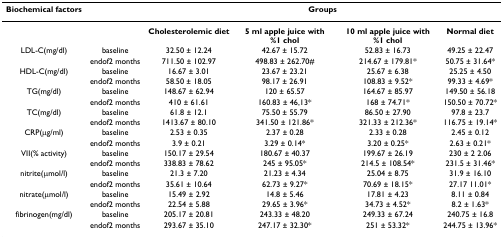
<table><thead><tr><td><b>Biochemical factors</b></td><td></td><td colspan="4"><b>Groups</b></td></tr></thead><tbody><tr><td></td><td></td><td><b>Cholesterolemic diet</b></td><td><b>5 ml apple juice with %1 chol</b></td><td><b>10 ml apple juice with %1 chol</b></td><td><b>Normal diet</b></td></tr><tr><td>LDL-C(mg/dl)</td><td>baseline</td><td>32.50 ± 12.24</td><td>42.67 ± 15.72</td><td>52.83 ± 16.73</td><td>49.25 ± 22.47</td></tr><tr><td></td><td>endof2 months</td><td>711.50 ± 102.97</td><td>498.83 ± 262.70#</td><td>214.67 ± 179.81*</td><td>50.75 ± 31.64*</td></tr><tr><td>HDL-C(mg/dl)</td><td>baseline</td><td>16.67 ± 3.01</td><td>23.67 ± 23.21</td><td>25.67 ± 6.38</td><td>25.25 ± 4.50</td></tr><tr><td></td><td>endof2 months</td><td>58.50 ± 18.05</td><td>98.17 ± 26.91</td><td>108.83 ± 9.52*</td><td>99.33 ± 4.69*</td></tr><tr><td>TG(mg/dl)</td><td>baseline</td><td>148.67 ± 62.94</td><td>120 ± 65.57</td><td>164.67 ± 85.97</td><td>149.50 ± 56.18</td></tr><tr><td></td><td>endof2 months</td><td>410 ± 61.61</td><td>160.83 ± 46,13*</td><td>168 ± 74.71*</td><td>150.50 ± 70.72*</td></tr><tr><td>TC(mg/dl)</td><td>baseline</td><td>61.8 ± 12.1</td><td>75.50 ± 55.79</td><td>86.50 ± 27.90</td><td>97.8 ± 23.7</td></tr><tr><td></td><td>endof2 months</td><td>1413.67 ± 80.10</td><td>341.50 ± 121.86*</td><td>321.33 ± 212.36*</td><td>116.75 ± 19.14*</td></tr><tr><td>CRP(μg/ml)</td><td>baseline</td><td>2.53 ± 0.35</td><td>2.37 ± 0.28</td><td>2.33 ± 0.28</td><td>2.45 ± 0.12</td></tr><tr><td></td><td>endof2 months</td><td>3.9 ± 0.21</td><td>3.29 ± 0.14*</td><td>3.20 ± 0.25*</td><td>2.63 ± 0.21*</td></tr><tr><td>VII(% activity)</td><td>baseline</td><td>150.17 ± 29.54</td><td>180.67 ± 40.37</td><td>199.67 ± 26.19</td><td>230 ± 2 2.06</td></tr><tr><td></td><td>endof2 months</td><td>338.83 ± 78.62</td><td>245 ± 95.05*</td><td>214.5 ± 108.54*</td><td>231.5 ± 31.46*</td></tr><tr><td>nitrite(μmol/l)</td><td>baseline</td><td>21.3 ± 7.20</td><td>21.23 ± 4.34</td><td>25.04 ± 8.75</td><td>31.9 ± 16.10</td></tr><tr><td></td><td>endof2 months</td><td>35.61 ± 10.64</td><td>62.73 ± 9.27*</td><td>70.69 ± 18.15*</td><td>27.17 11.01*</td></tr><tr><td>nitrate(μmol/l)</td><td>baseline</td><td>15.49 ± 2.92</td><td>14.8 ± 5.46</td><td>17.81 ± 4.23</td><td>8.11 ± 0.84</td></tr><tr><td></td><td>endof2 months</td><td>22.54 ± 5.88</td><td>29.65 ± 3.96*</td><td>34.73 ± 4.52*</td><td>8.2 ± 1.63*</td></tr><tr><td>fibrinogen(mg/dl)</td><td>baseline</td><td>205.17 ± 20.81</td><td>243.33 ± 48.20</td><td>249.33 ± 67.24</td><td>240.75 ± 16.8</td></tr><tr><td></td><td>endof2 months</td><td>293.67 ± 35.10</td><td>247.17 ± 32.30*</td><td>251 ± 53.32*</td><td>244.75 ± 13.96*</td></tr></tbody></table>